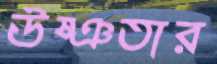
উষ্ঞতার